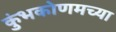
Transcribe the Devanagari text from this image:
कुंभकोणमच्या